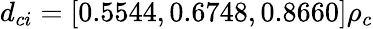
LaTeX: d_{ci}=[0.5544,0.6748,0.8660]\rho_{c}